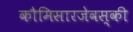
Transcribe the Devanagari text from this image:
कौमिसारजेवस्की